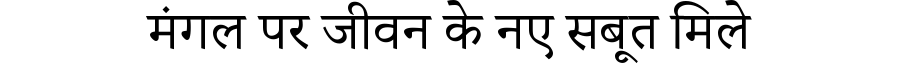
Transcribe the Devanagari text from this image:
मंगल पर जीवन के नए सबूत मिले